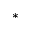
^ *